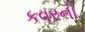
કવરનો